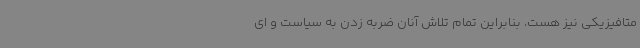
متافیزیکی نیز هست، بنابراین تمام تلاش آنان ضربه زدن به سیاست و ای